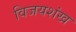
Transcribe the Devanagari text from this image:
विजयशंख